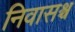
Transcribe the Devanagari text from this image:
निवासश्च